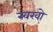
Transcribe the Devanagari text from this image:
स्वरवो